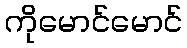
ကိုမောင်မောင်